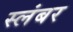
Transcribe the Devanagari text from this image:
स्लंबर